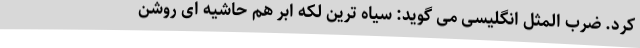
کرد. ضرب المثل انگلیسی می گوید: سیاه ترین لکه ابر هم حاشیه ای روشن